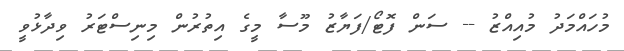
މުހައްމަދު މުއިއްޒު -- ސަން ފޮޓޯ/ފަޔާޒު މޫސާ މީގެ އިތުރުން މިނިސްޓަރު ވިދާޅުވީ